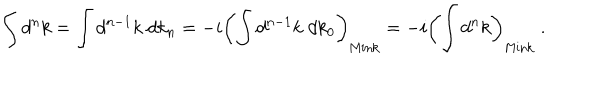
\int d ^ { n } k = \int d ^ { n - 1 } k \; d k _ { n } = - i \left( \int d ^ { n - 1 } k \; d k _ { 0 } \right) _ { \mathrm { M i n k } } = - i \left( \int d ^ { n } k \right) _ { \mathrm { M i n k } } \ .